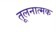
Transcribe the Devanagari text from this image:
तूलनात्मक